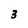
Character: 3